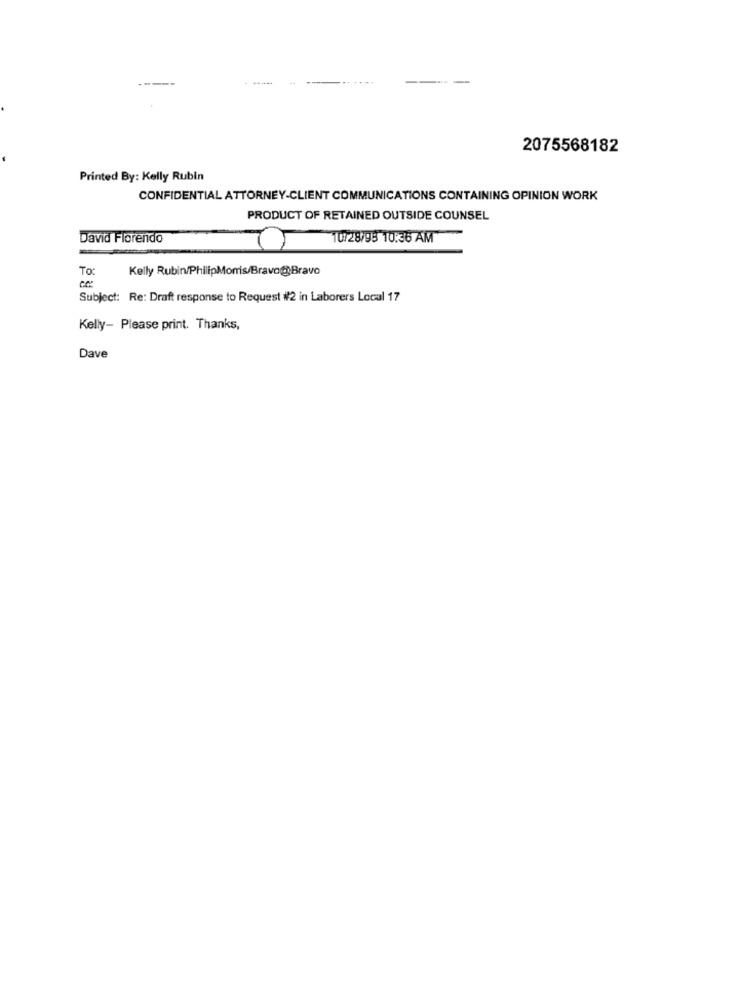
---
2075568182
Printed By: Kelly Rubin
CONFIDENTIAL ATTORNEY-CLIENT COMMUNICATIONS CONTAINING OPINION WORK
PRODUCT OF RETAINED OUTSIDE COUNSEL
David Florendo
10/28/98 10:36 AM
To:
Kelly Rubin/PhilipMorris/Bravo@Bravo
Subject: Re: Draft response to Request #2 in Laborers Local 17
Kelly- Please print. Thanks,
Dave